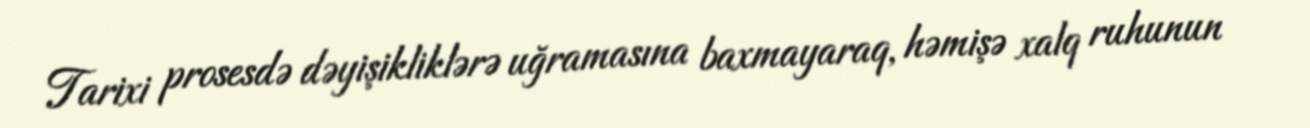
Tarixi prosesdə dəyişikliklərə uğramasına baxmayaraq, həmişə xalq ruhunun